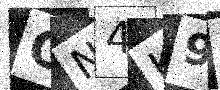
Text: ON4K9Z